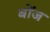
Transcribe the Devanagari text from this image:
बोंज